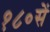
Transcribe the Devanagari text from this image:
१८०सें